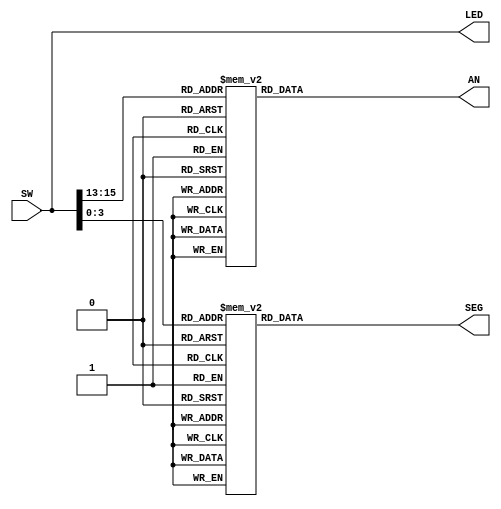
`timescale 1ns / 1ps
//////////////////////////////////////////////////////////////////////////////////
// Company: 
// Engineer: 
// 
// Design Name: 
// Module Name: _7Seg_Driver_Choice
// Project Name: 
// Target Devices: 
// Tool Versions: 
// Description: 
// 
// Dependencies: 
// 
// Revision:
// Revision 0.01 - File Created
// Additional Comments:
// 
//////////////////////////////////////////////////////////////////////////////////


module _7Seg_Driver_Choice(SW, SEG, AN, LED);
    input [15:0] SW;        // 16
    output reg [7:0] SEG;  // 7
    output reg [7:0] AN;   // 7
    output [15:0] LED;      // 16LED
    
	always@(SW[3:0]) begin
        case(SW[3:0])
            4'b0000 : SEG[7:0] = 8'b11000000;
            4'b0001 : SEG[7:0] = 8'b11111001;
            4'b0010 : SEG[7:0] = 8'b10100100;
            4'b0011 : SEG[7:0] = 8'b10110000;
            4'b0100 : SEG[7:0] = 8'b10011001;
            4'b0101 : SEG[7:0] = 8'b10010010;
            4'b0110 : SEG[7:0] = 8'b10010010;
            4'b0111 : SEG[7:0] = 8'b11111000;
            4'b1000 : SEG[7:0] = 8'b10000000;
            4'b1001 : SEG[7:0] = 8'b10011000;
            4'b1010 : SEG[7:0] = 8'b10001000;
            4'b1011 : SEG[7:0] = 8'b10000011;
            4'b1100 : SEG[7:0] = 8'b11000110;
            4'b1101 : SEG[7:0] = 8'b10100001;
            4'b1110 : SEG[7:0] = 8'b10000110;
            4'b1111 : SEG[7:0] = 8'b10001110;
        endcase
    end
    
    always@(SW[15:13]) begin
        case(SW[15:13])  
            3'b000 : AN[7:0] = 8'b11111110;
            3'b001 : AN[7:0] = 8'b11111101;
            3'b010 : AN[7:0] = 8'b11111011;
            3'b011 : AN[7:0] = 8'b11110111;
            3'b100 : AN[7:0] = 8'b11101111;
            3'b101 : AN[7:0] = 8'b11011111;
            3'b110 : AN[7:0] = 8'b10111111;
            3'b111 : AN[7:0] = 8'b01111111;
        endcase
    end
    
    assign LED[15:0] = SW[15:0];
    
endmodule